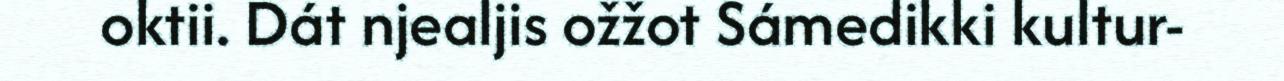
oktii. Dát njealjis ožžot Sámedikki kultur-